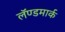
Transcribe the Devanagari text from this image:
लॅण्डमार्क